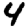
Digit: 4